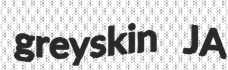
greyskin JA